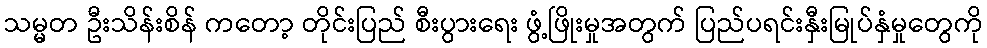
သမ္မတ ဦးသိန်းစိန် ကတော့ တိုင်းပြည် စီးပွားရေး ဖွံ့ဖြိုးမှုအတွက် ပြည်ပရင်းနှီးမြုပ်နှံမှုတွေကို